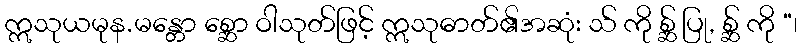
ဣသုယမုန.မန္တော စ္ဆော ဝါသုတ်ဖြင့် ဣသုဓာတ်၏အဆုံး သ် ကို စ္ဆ် ပြု, စ္ဆ် ကို “၊